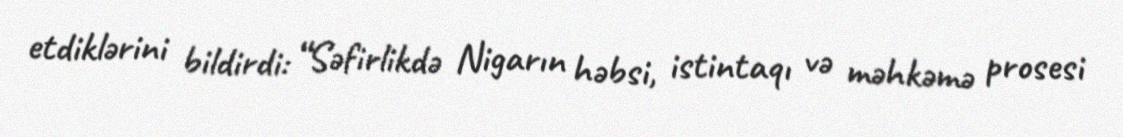
etdiklərini bildirdi: “Səfirlikdə Nigarın həbsi, istintaqı və məhkəmə prosesi